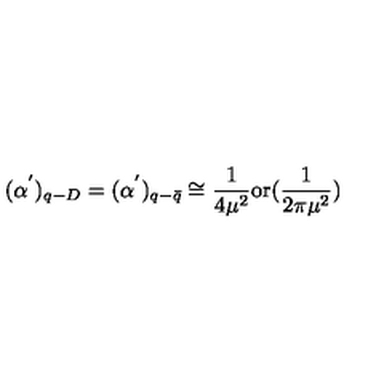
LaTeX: ( \alpha ^ { ' } ) _ { q - D } = ( \alpha ^ { ' } ) _ { q - \bar { q } } \cong \frac { 1 } { 4 \mu ^ { 2 } } \mathrm { o r } ( \frac { 1 } { 2 \pi \mu ^ { 2 } } )